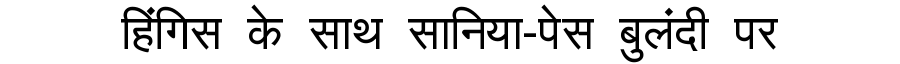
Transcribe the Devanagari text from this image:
हिंगिस के साथ सानिया-पेस बुलंदी पर